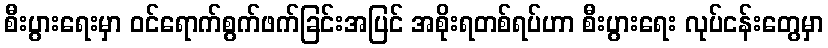
စီးပွားရေးမှာ ဝင်ရောက်စွက်ဖက်ခြင်းအပြင် အစိုးရတစ်ရပ်ဟာ စီးပွားရေး လုပ်ငန်းတွေမှာ